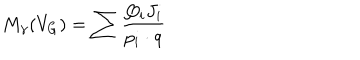
LaTeX: M _ { \gamma } ( V _ { G } ) = \sum \frac { Q _ { i } J _ { i } } { p _ { i } \cdot q }